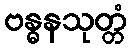
ဗန္ဓနသုတ္တံ